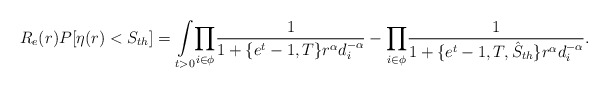
\begin{align*}R_e(r)P[\eta(r)<S_{th}]=\underset{t>0}\int \underset{i \in \phi}\prod\frac{1}{1+\{e^t-1,T\}r^\alpha d_i^{-\alpha}}-\underset{i \in \phi}\prod\frac{1}{1+\{e^t-1,T,\hat{S}_{th}\}r^\alpha d_i^{-\alpha}} . \end{align*}